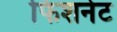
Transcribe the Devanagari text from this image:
फिशनेट